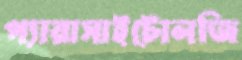
প্যারাসাইটোলজি